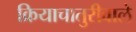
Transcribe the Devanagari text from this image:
क्रियाचातुरीवाले